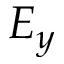
E _ { y }